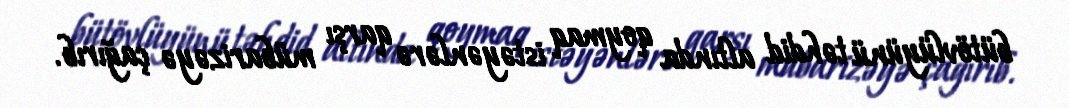
bütövlüyünü təhdid altında qoymaq istəyənlərə qarşı mübarizəyə çağırıb.